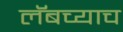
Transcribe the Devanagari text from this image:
लॅबच्याच